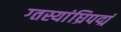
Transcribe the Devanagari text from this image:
ग्तस्यांघ्रिपद्मं